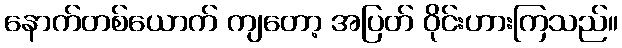
နောက်တစ်ယောက် ကျတော့ အပြတ် ဝိုင်းဟားကြသည်။